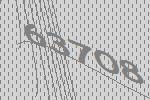
63708